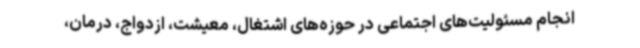
انجام مسئولیت‌های اجتماعی در حوزه‌های اشتغال، معیشت، ازدواج، درمان،